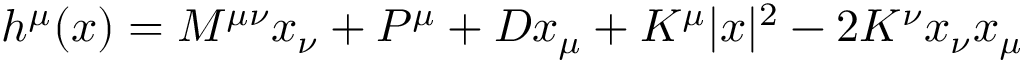
h ^ { \mu } ( x ) = M ^ { \mu \nu } x _ { \nu } + P ^ { \mu } + D x _ { \mu } + K ^ { \mu } | x | ^ { 2 } - 2 K ^ { \nu } x _ { \nu } x _ { \mu }